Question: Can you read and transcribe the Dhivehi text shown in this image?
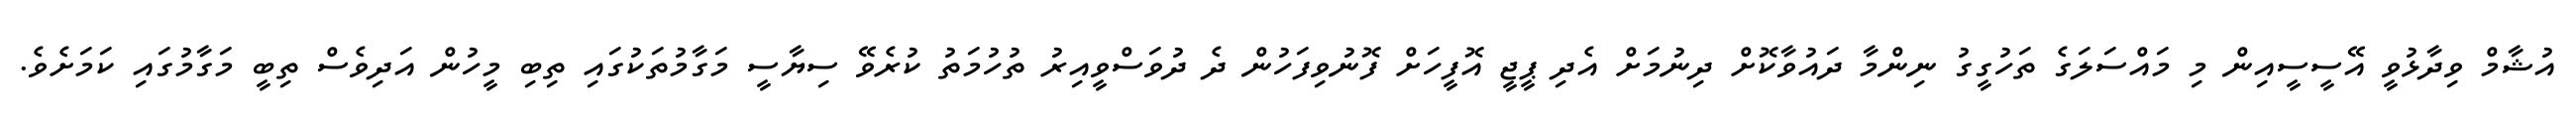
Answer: އުޝާމް ވިދާޅުވީ އޭސީސީއިން މި މައްސަލަގެ ތަހުގީގު ނިންމާ ދައުވާކޮށް ދިނުމަށް އެދި ޕީޖީ އޮފީހަށް ފޮނުވިފަހުން ދެ ދުވަސްވީއިރު ތުހުމަތު ކުރެވޭ ސިޔާސީ މަގާމުތަކުގައި ތިބި މީހުން އަދިވެސް ތިބީ މަގާމުގައި ކަމަށެވެ.